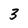
Character: 3